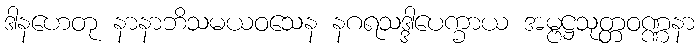
ဒါနဟေတု နာနာဘိသမယဝသေန နဂရသဒ္ဒါပေက္ခာယ အမ္ဗဋ္ဌသုတ္တဝဏ္ဏနာ